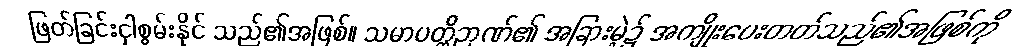
ဖြတ်ခြင်းငှါစွမ်းနိုင် သည်၏အဖြစ်။ သမာပတ္တိဉာဏ်၏ အခြားမဲ့၌ အကျိုးပေးတတ်သည်၏အဖြစ်ကို